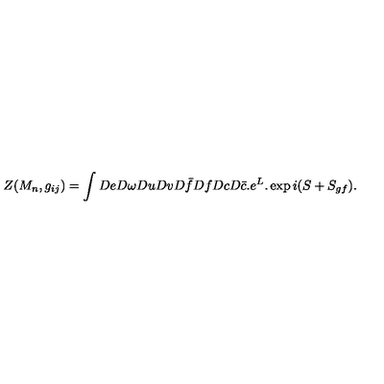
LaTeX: Z ( M _ { n } , g _ { i j } ) = \int D e D \omega D u D v D \bar { f } D f D c D \bar { c } . e ^ { L } . \exp i ( S + S _ { g f } ) .